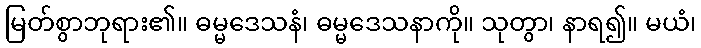
မြတ်စွာဘုရား၏။ ဓမ္မဒေသနံ၊ ဓမ္မဒေသနာကို။ သုတွာ၊ နာရ၍။ မယံ၊